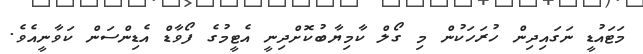
މަޓައުޑީ ނަގައިދިން ހުރަހަކުން މި ގޯލް ކާމިޔާބުކޮށްދިނީ އެޓީމުގެ ފޯވާޑް އެޑިންސަން ކަވާނީއެވެ.